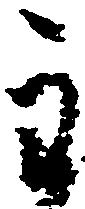
主